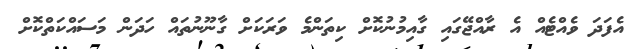
އެފަދަ ވެއްޓެއް އެ ރާއްޖޭގައި ގާއިމުނުކޮށް ކިތަންމެ ވަރަކަށް ގާނޫނުތައް ހަދަން މަސައްކަތްކޮށް